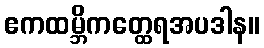
ဧကထမ္ဘိကတ္ထေရအပဒါန။